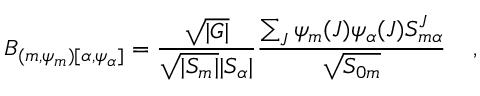
B _ { ( m , \psi _ { m } ) [ \alpha , \psi _ { \alpha } ] } = { \frac { \sqrt { | \cal G | } } { \sqrt { | { \cal S } _ { m } | } | { \cal S } _ { \alpha } | } } { \frac { \sum _ { J } \psi _ { m } ( J ) \psi _ { \alpha } ( J ) { S } _ { m \alpha } ^ { J } } { \sqrt { { S } _ { 0 m } } } } \; \; \; \; ,